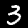
Label: 3